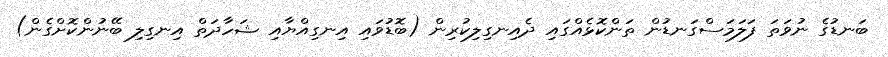
ބަނޑުގެ ނުވަތަ ފަލަމަސްގަނޑުން ތަންކޮޅެއްގައި ދެއިނގިލިކުރިން (ބޮޑުވައި އިނގިއްޔާއި ޝަހާދަތް އިނގިލި ބޭނުންކޮށްގެން)